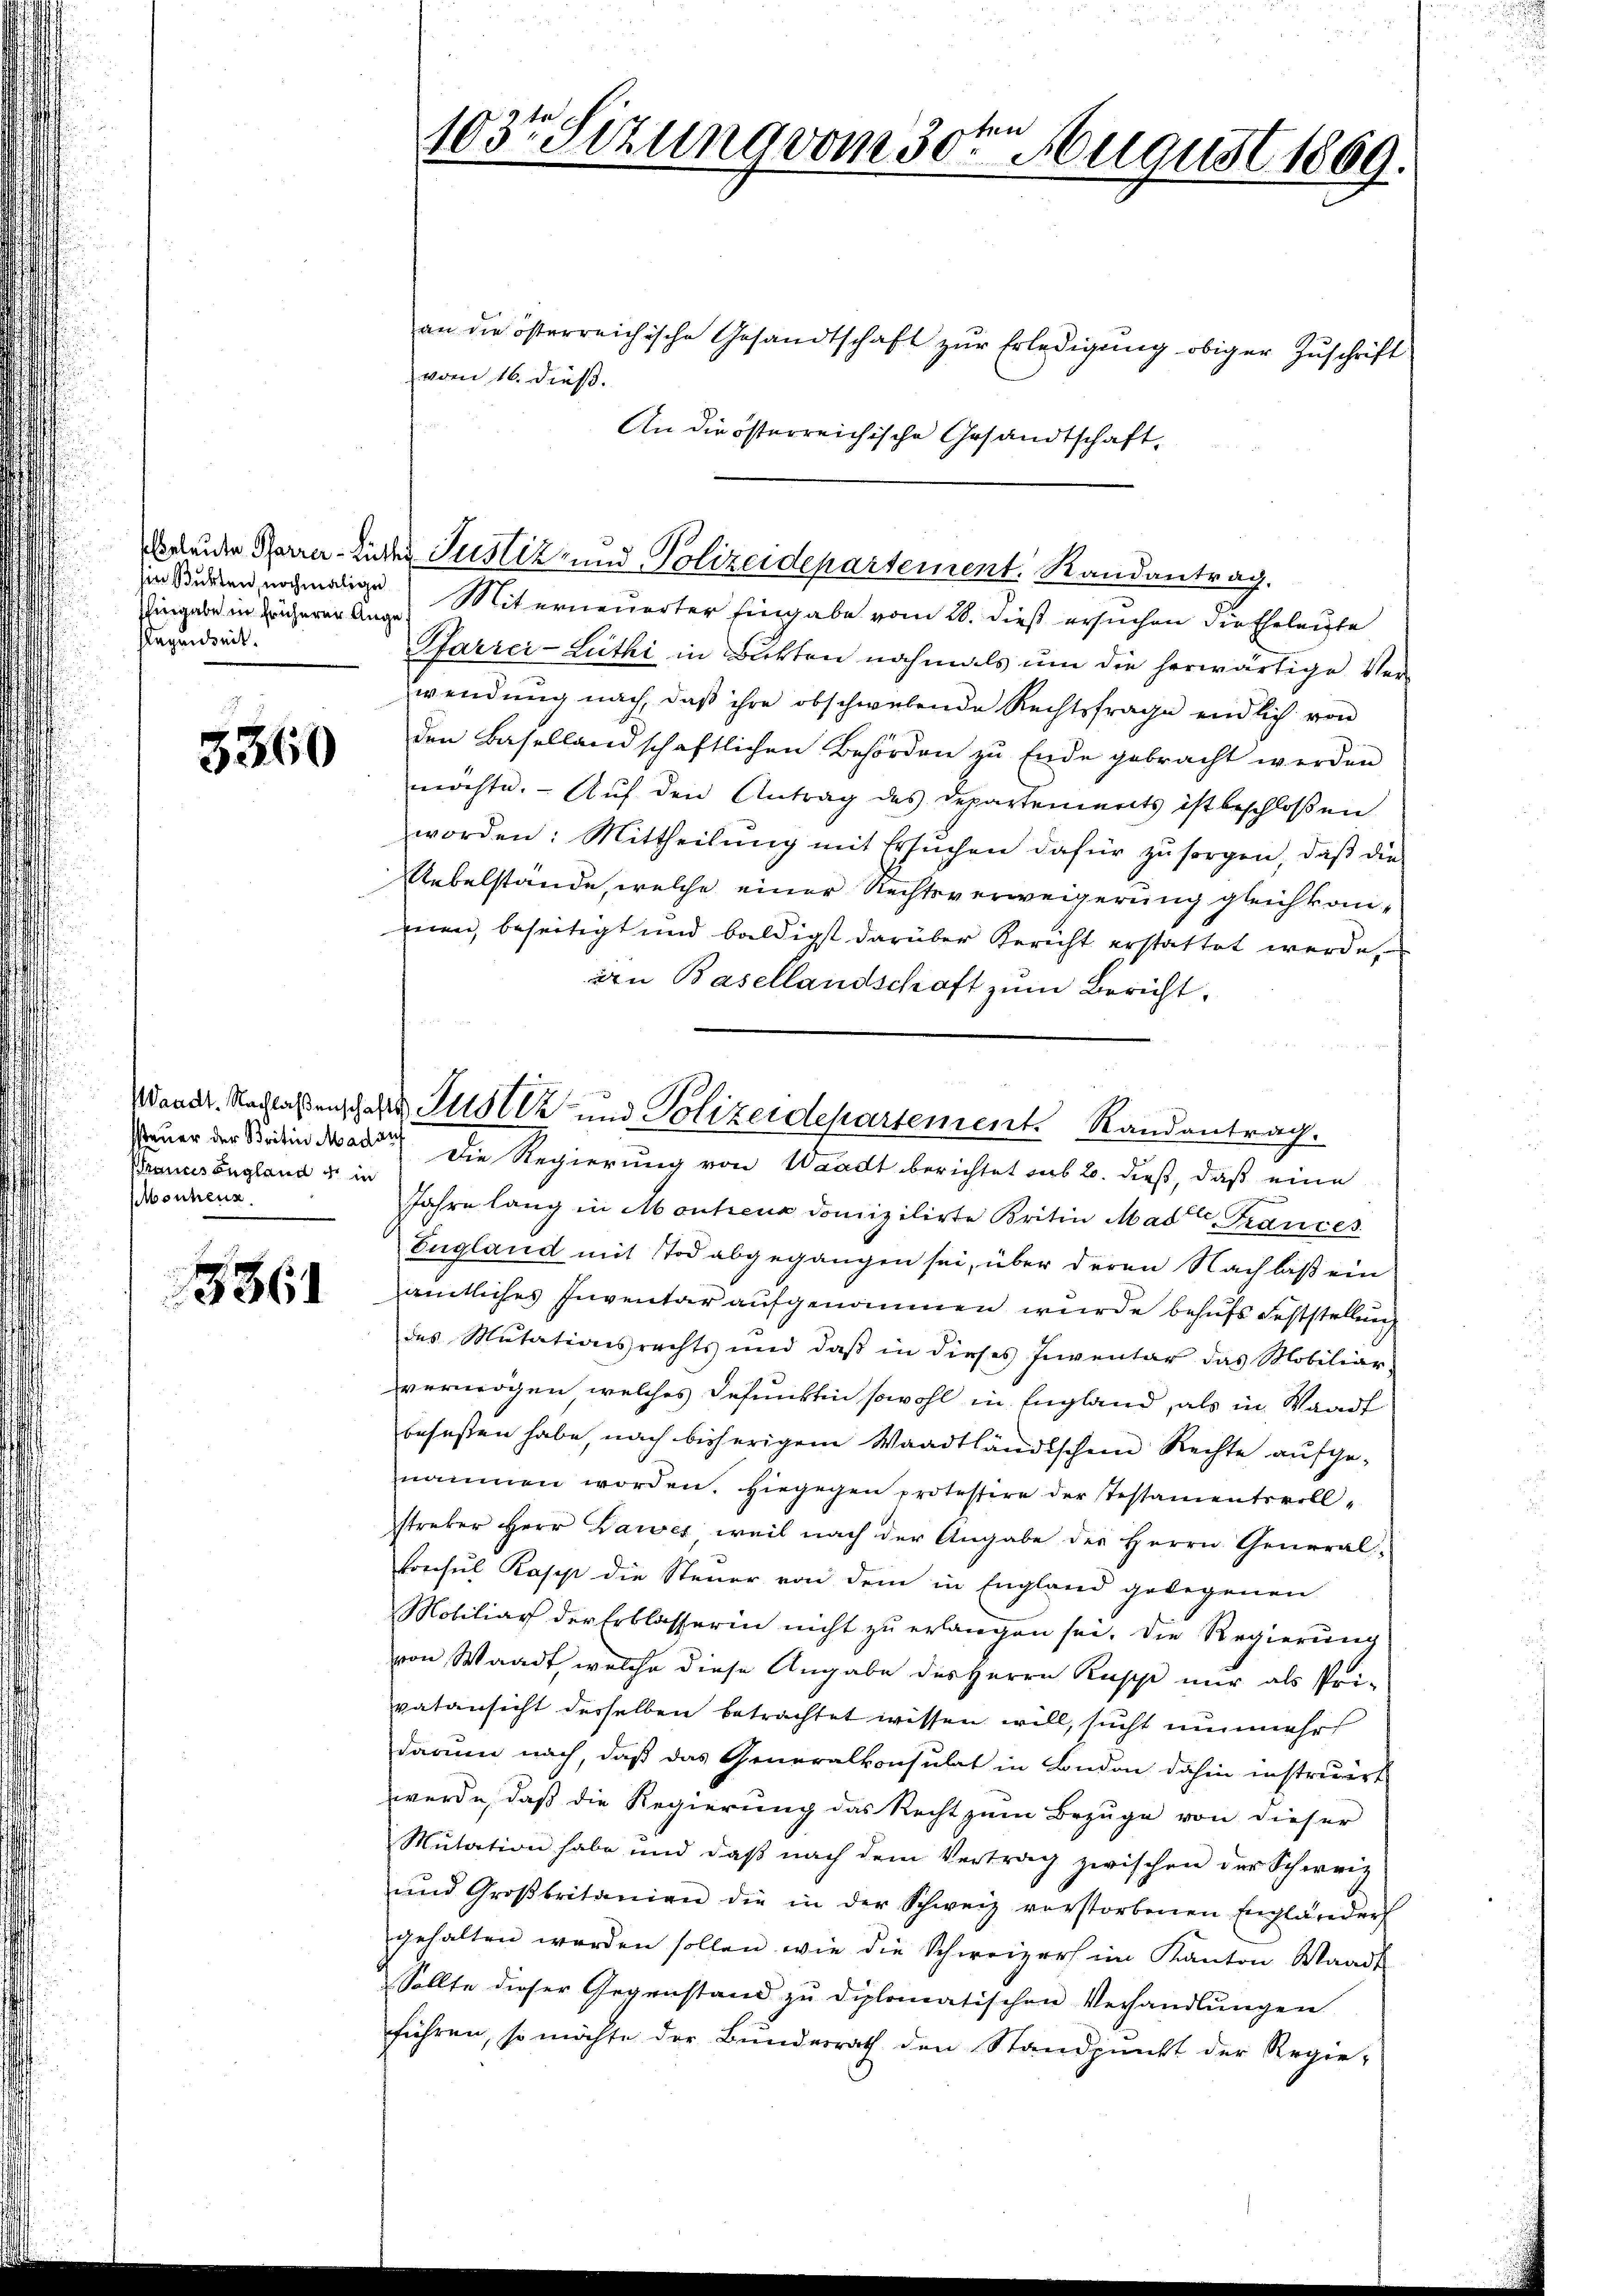
hingabe in früherer Auge
slagenheit.

5360

ssteuer der Britin Mad auf
Brauns begland in
Montenz.

5861

103te Sizung vom 30ten August 1869.

an die österreichische Gesandtschaft zŭr Erledigŭng obiger Zŭschrift
vom 16. dieß.
An die österreichische Gesandtschaft,
in Studen nochmalige Miterneuerter Eingabe vom 28. dieß ersuchen die Eheleute
Pfarrei-Lüthi in Bitten nochmals um die herwärtige Verwendung nach, daß ihre obschwebende Rechtsfrage endlich von
den Basellandschaftlichen Behörden zu Ende gebracht werden
möchte. - Auf den Antrag des Departements ist beschloßen
worden: Mittheilŭng mit Ersŭchen dafür zŭ sorgen, daβ die
Uebelstande, welche einer Rechtsverweigerung gleichkommen, beseitigt und baldigst darüber Gericht erstattet werde,
an Basellandschaft zum Bericht
Die Regierung von Waadt berichtet sub 20. dieß, daß eine
Jahre lang in Montens domizilirte Britin Mad Frances
England mit Tod abgegangen sei, über deren Nachlaß ein
amtliches Inventar aufgenommen wurde behufs Feststellung
des Mutationsrechts und daβ in dieses Inventar das Mobiliar-
vermögen welches defunkten sowohl in England, als in Waadt
beseßen habe, nach bisherigem Waadtländischen Rechte aufge-
nammen worden. Hiegegen protestire der Testamentsvoll-
streker Herr Dawer weil nach der Angabe des Herrn General-
konsul Kaser die Steuer von dem in England gelegenen
Molitiar der Erblasserin nicht zu erlangen sei. Die Regierung
von Waadt, welche diese Angabe des Herrn Rupp nur als Pri-
vatansicht derselben betrachtet wissen will, sucht nunmehr
darum nach, daß das Generalkonsulat in London dahin instruirt
werde, daß die Regierung das Recht zum Bezuge von dieser
Mutation habe und daβ nach dem Vertrag zwischen der Schweiz
ŭnd Großbritanien die in der Schweiz verstorbenen Engländer
gehalten worden sollen wie die Schweizers im Kanton Waadt
Sollte dieser Gegenstand zu diplomatischen Verhandlungen
führen, so möchte der Bundesrath den Standpunkt der Regie-

Bruder Herrn Eier Justiz- und Polizeidepartement. Randantrag.

and. Nachlassenschaus Justiz und Polizeidepartement. Randantrag.